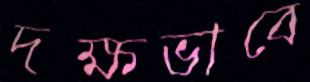
দক্ষভাবে